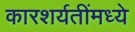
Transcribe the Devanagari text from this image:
कारशर्यतींमध्ये